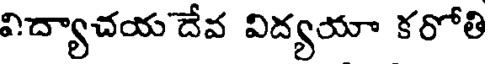
విద్యాచయ దేవ విద్యయా కరోతి